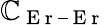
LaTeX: \mathbb{C}_{\mathrm{{~E~r~–~E~r~}}}